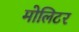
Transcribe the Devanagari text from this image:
मोलिटर